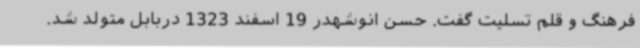
فرهنگ و قلم تسلیت گفت. حسن انوشهدر 19 اسفند 1323 دربابل متولد شد.